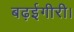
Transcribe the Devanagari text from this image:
बढ़ईगीरी।